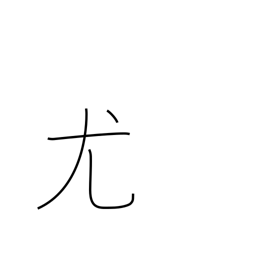
Meaning: natural